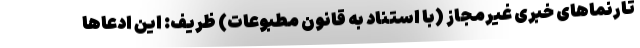
تارنماهای خبری غیرمجاز (با استناد به قانون مطبوعات) ظریف: این ادعاها